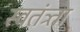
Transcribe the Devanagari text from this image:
स्वतंत्र्ता